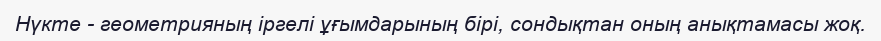
Нүкте - геометрияның іргелі ұғымдарының бірі, сондықтан оның анықтамасы жоқ.